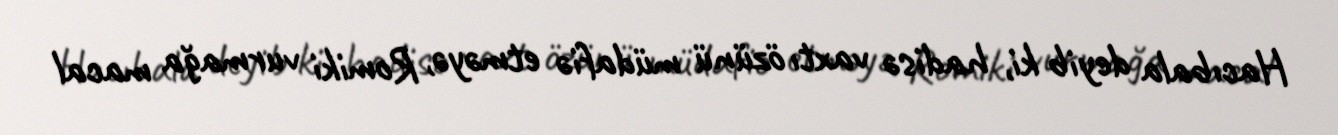
Hacıbala deyib ki, hadisə vaxtı özünü müdafiə etməyə, Romiki vurmağa macal